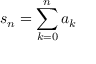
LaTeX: s _ { n } = \sum _ { k = 0 } ^ { n } { a _ { k } }